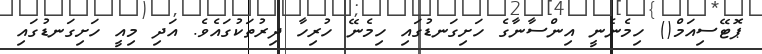
ޕޮޓޭސިއަމް() ހިމެނެނީ އިންސާނާގެ ހަށިގަނޑުގައި ހިމެނޭ ހުރިހާ ދިރުތަކުގައެވެ. އަދި މިއީ ހަށިގަނޑުގައި